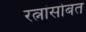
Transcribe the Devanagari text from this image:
रत्नांसोबत